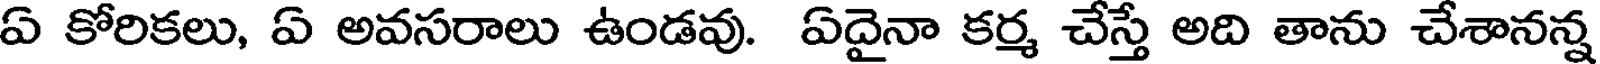
ఏ కోరికలు, ఏ అవసరాలు ఉండవు. ఏదైనా కర్మ చేస్తే అది తాను చేశానన్న